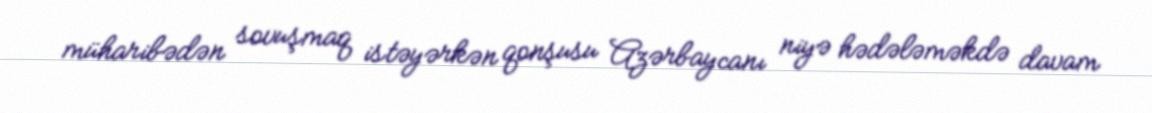
müharibədən sovuşmaq istəyərkən qonşusu Azərbaycanı niyə hədələməkdə davam